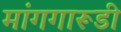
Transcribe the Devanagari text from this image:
मांगगारूडी